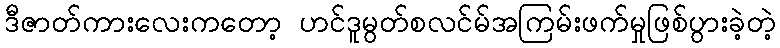
ဒီဇာတ်ကားလေးကတော့ ဟင်ဒူမွတ်စလင်မ်အကြမ်းဖက်မှုဖြစ်ပွားခဲ့တဲ့